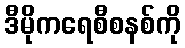
ဒီမိုကရေစီစနစ်ကို